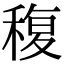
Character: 稪